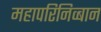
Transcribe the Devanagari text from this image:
महापरिनिव्बान